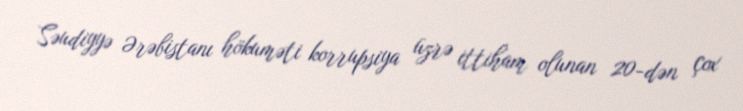
Səudiyyə Ərəbistanı hökuməti korrupsiya üzrə ittiham olunan 20-dən çox